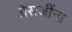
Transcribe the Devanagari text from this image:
ग्रेसजींना